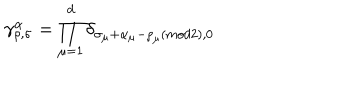
\gamma _ { \rho , \sigma } ^ { \alpha } = \prod _ { \mu = 1 } ^ { d } \delta _ { \sigma _ { \mu } + \alpha _ { \mu } - \rho _ { \mu } ( m o d 2 ) , 0 }